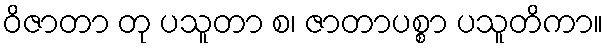
ဝိဇာတာ တု ပသူတာ စ၊ ဇာတာပစ္စာ ပသူတိကာ။